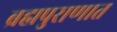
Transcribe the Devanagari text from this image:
ब्रह्मपुराणात